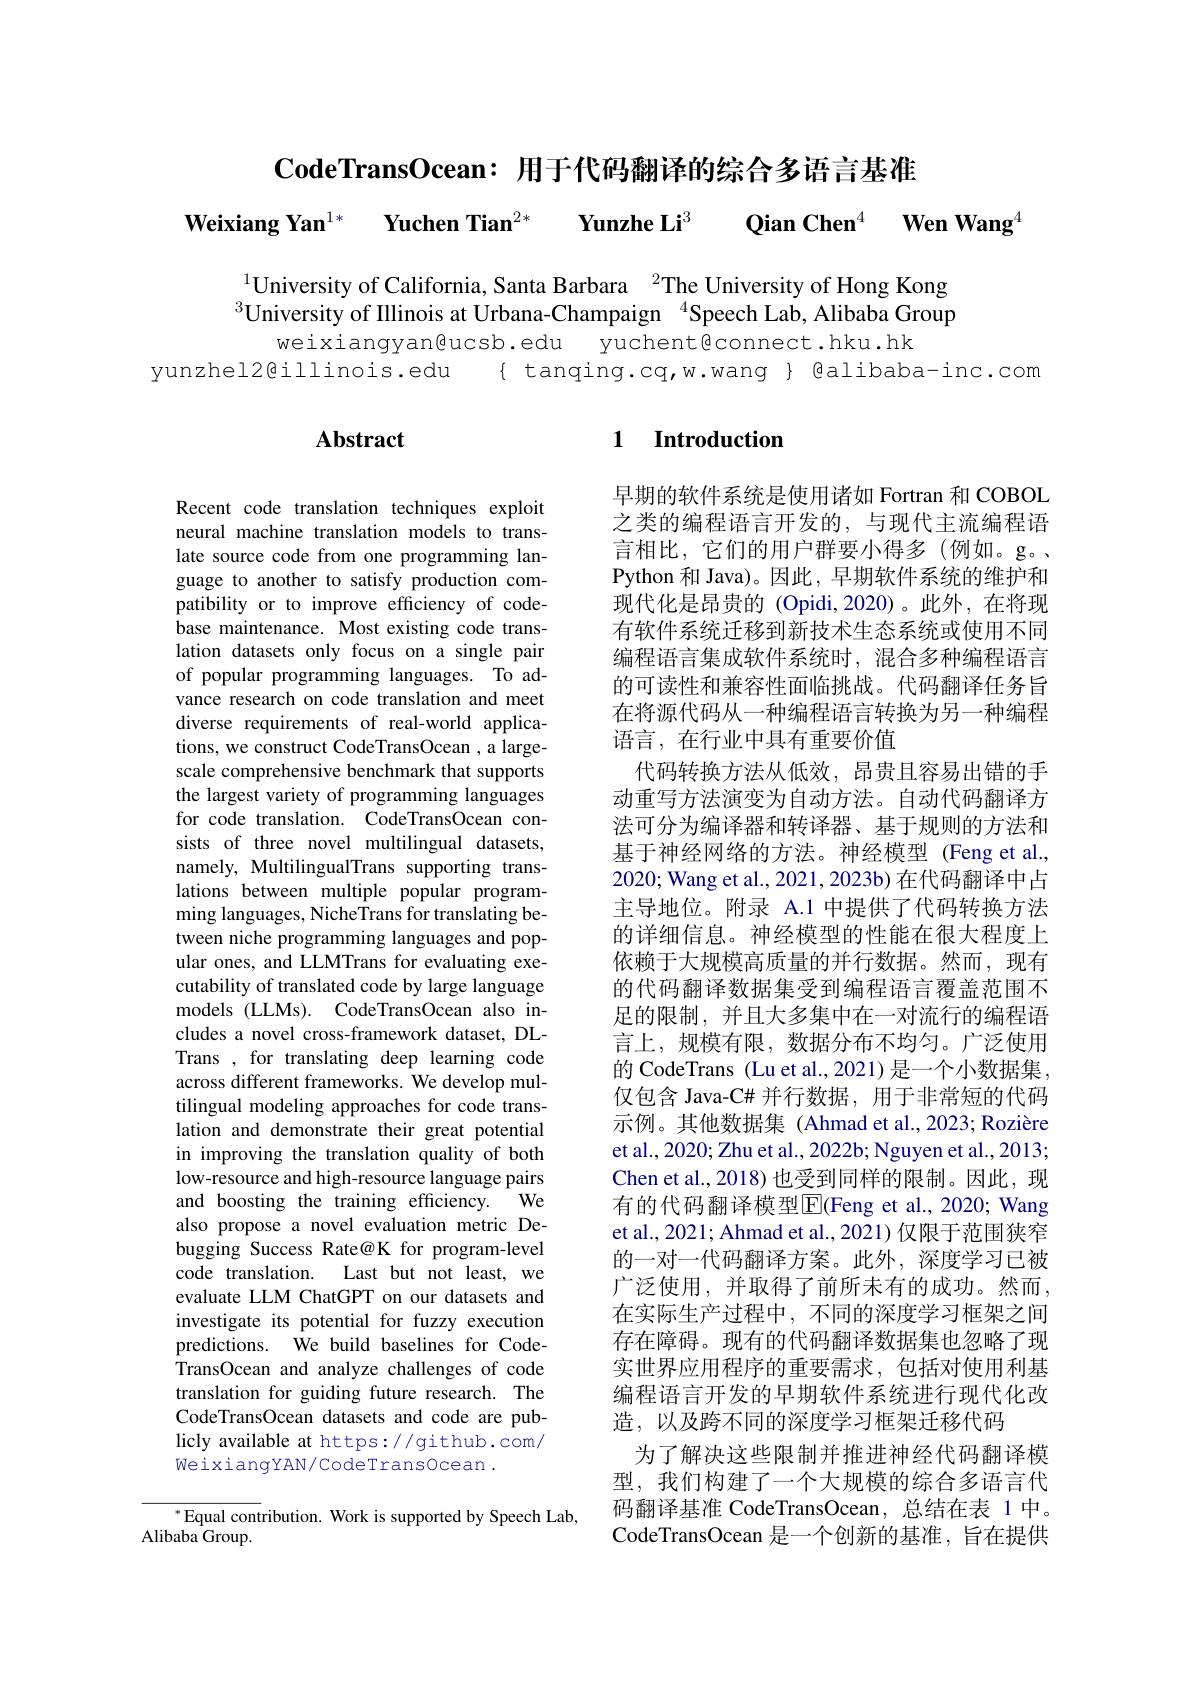
$\textbf{CodeTransOcean: 用 于 代 码 翻 译 的 综 合 多 语 言 基 准 }$

Weixiang Yan$^{1* }$ $\textbf{Yuchen Tian}^{2* }$ $\textbf{Yunzhe Li}^{3}$ $\textbf{Qian Chen}^{4}$ $\textbf{Wen Wang}^{4}$

$^{1}$University of California, Santa Barbara $^{2}$The University of Hong Kong $^{3}$University of Illinois at Urbana-Champaign $^{4}$Speech Lab, Alibaba Group
weixiangyan@ucsb.edu
yuchent@connect.hku.hk
yunzhel2@illinois.edu
$\{$ tanqing.cq,w.wang $\}$ @alibaba-inc.com

## 1 Introduction

## Abstract

Recent code translation techniques exploit neural machine translation models to translate source code from one programming language to another to satisfy production compatibility or to improve efficiency of codebase maintenance. Most existing code translation datasets only focus on a single pair of popular programming languages. To advance research on code translation and meet diverse requirements of real-world applications, we construct CodeTransOcean , a largescale comprehensive benchmark that supports the largest variety of programming languages for code translation. CodeTransOcean consists of three novel multilingual datasets, namely, MultilingualTrans supporting translations between multiple popular programming languages, NicheTrans for translating between niche programming languages and popular ones, and LLMTrans for evaluating executability of translated code by large language models (LLMs). CodeTransOcean also includes a novel cross-framework dataset, DLTrans , for translating deep learning code across different frameworks. We develop multilingual modeling approaches for code translation and demonstrate their great potential in improving the translation quality of both low-resource and high-resource language pairs
$We$
and boosting the training efficiency.
also propose a novel evaluation metric Debugging Success Rate@K for program-level code translation. Last but not least, we evaluate LLM ChatGPT on our datasets and investigate its potential for fuzzy execution predictions. ${\mathrm{~\hat{W}e~build~baselines~for~Code-}}$ TransOcean and analyze challenges of code translation for guiding future research. The CodeTransOcean datasets and code are publicly available at https://github.com/ WeixiangYAN/CodeTransOcean.

早期的软件系统是使用诸如 Fortran 和 COBOL 之类的编程语言开发的，与现代主流编程语言相比，它们的用户群要小得多(例如。g。、 Python 和 Java)。因此，早期软件系统的维护和现代化是昂贵的 (Opidi,2020)。此外，在将现有软件系统迁移到新技术生态系统或使用不同编程语言集成软件系统时，混合多种编程语言的可读性和兼容性面临挑战。代码翻译任务旨在将源代码从一种编程语言转换为另一种编程语言，在行业中具有重要价值
代码转换方法从低效，昂贵且容易出错的手动重写方法演变为自动方法。自动代码翻译方法可分为编译器和转译器、基于规则的方法和基于神经网络的方法。神经模型(Feng et al., 2020; Wang et al., 2021, 2023b) 在代码翻译中占主导地位。附录 A.1 中提供了代码转换方法的详细信息。神经模型的性能在很大程度上依赖于大规模高质量的并行数据。然而，现有的代码翻译数据集受到编程语言覆盖范围不足的限制，并且大多集中在一对流行的编程语言上，规模有限，数据分布不均匀。广泛使用的 CodeTrans (Lu et al., 2021) 是一个小数据集， 仅包含 Java-C# 并行数据，用于非常短的代码示例。其他数据集 (Ahmad et al.,2023; Rozière et al., 2020; Zhu et al., 2022b; Nguyen et al., 2013; Chen et al., 2018) 也受到同样的限制。因此，现有的代码翻译模型$\overline{\mathrm{E}}$(Feng et al., 2020; Wang et al., 2021; Ahmad et al., 2021) 仅限于范围狭窄的一对一代码翻译方案。此外，深度学习已被广泛使用，并取得了前所未有的成功。然而， 在实际生产过程中，不同的深度学习框架之间存在障碍。现有的代码翻译数据集也忽略了现实世界应用程序的重要需求，包括对使用利基编程语言开发的早期软件系统进行现代化改造，以及跨不同的深度学习框架迁移代码
为了解决这些限制并推进神经代码翻译模型，我们构建了一个大规模的综合多语言代码翻译基准 CodeTransOcean, 总结在表 1 中。CodeTransOcean 是一个创新的基准，旨在提供

$^{*}$Equal contribution. Work is supported by Speech Lab,
Alibaba Group.